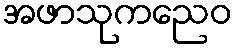
အဖာသုကညေဝ